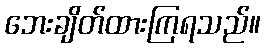
ဘေးချိတ်ထားကြရသည်။